Indian journal of veterinary science and animal husbandry - Volumes 18-21, 1948-1951
Year: 1948
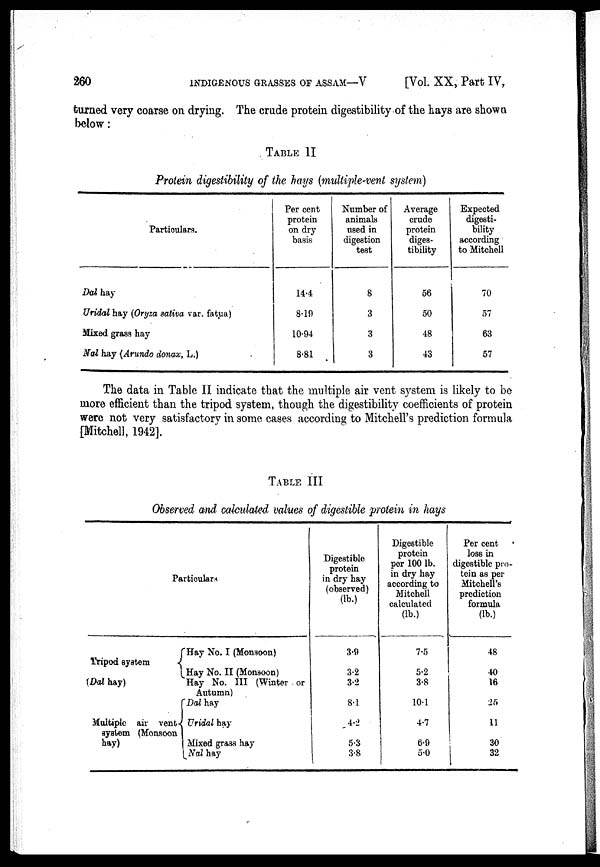
260 INDIGENOUS GRASSES OF ASSAM—V [Vol. XX, Part IV,
turned very coarse on drying. The crude protein digestibility of the hays are shown
below:
TABLE II
Protein digestibility of the hays (multiple-vent system)
Particulars.
Dal hay
Uridal hay (Oryza sativa var. fatua)
Mixed grass hay
Nal hay (Arundo donax, L.)
Per cent
protein
on dry
basis
14.4
8.19
10.94
8.81
Number of
animals
used in
digestion
test
8
3
3
3
Average
crude
protein
diges-
tibility
56
50
48
43
Expected
digesti-
bility
according
to Mitchell
70
57
63
57
The data in Table II indicate that the multiple air vent system is likely to be
more efficient than the tripod system, though the digestibility coefficients of protein
were not very satisfactory in some cases according to Mitchell's prediction formula
[Mitchell, 1942].
TABLE III
Observed and calculated values of digestible protein in hays
Particulars
Tripod system
(Dal hay)
Multiple air vent
system (Monsoon
hay)
Hay No. I (Monsoon)
Hay No. II (Monsoon)
Hay No. III (Winter or
Autumn)
Dal hay
Uridal hay
Mixed grass hay
Nal hay
Digestible
protein
in dry hay
(observed)
(lb.)
3.9
3.2
3.2
8.1
4.2
5.3
3.8
Digestible
protein
per 100 lb.
in dry hay
according to
Mitchell
calculated
(lb.)
7.5
5.2
3.8
10.1
4.7
6.9
5.0
Per cent
loss in
digestible pro-
tein as per
Mitchell's
prediction
formula
(lb.)
48
40
16
25
11
30
32